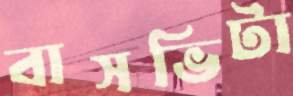
বাসভিটা